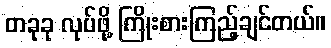
တခုခု လုပ်ဖို့ ကြိုးစားကြည့်ချင်တယ်။